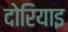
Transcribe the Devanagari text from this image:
दोरियाइ